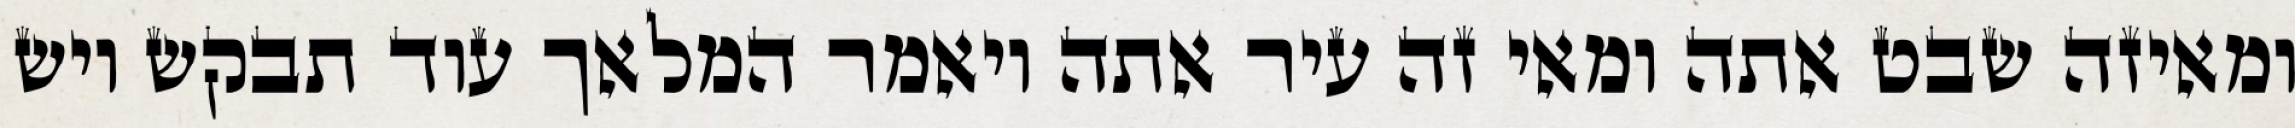
ומאיזה שבט אתה ומאי זה עיר אתה ויאמר המלאך עוד תבקש ויש